Plague in India, 1896, 1897 - Volume 3
Year: 1896
Disease focus: Plague
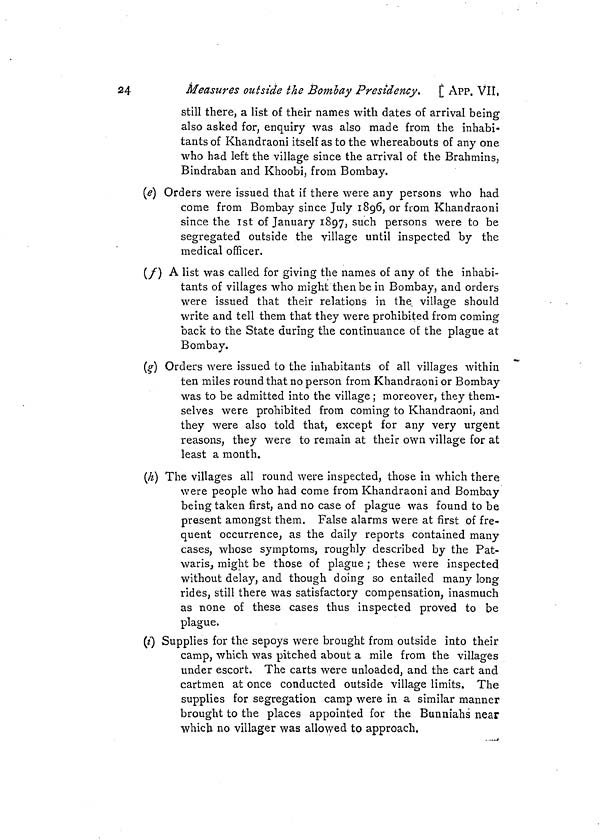
24
Measures outside the Bombay Presidency. [ APP. VII,
still there, a list of their names with dates of arrival being
also asked for, enquiry was also made from the inhabi-
tants of Khandraoni itself as to the whereabouts of any one
who had left the village since the arrival of the Brahmins,
Bindraban and Khoobi, from Bombay.
(e) Orders were issued that if there were any persons who had
come from Bombay since July 1896, or from Khandraoni
since the 1st of January 1897, such persons were to be
segregated outside the village until inspected by the
medical officer.
(f) A list was called for giving the names of any of the inhabi-
tants of villages who might then be in Bombay, and orders
were issued that their relations in the village should
write and tell them that they were prohibited from coming
back to the State during the continuance of the plague at
Bombay.
(g) Orders were issued to the inhabitants of all villages within
ten miles round that no person from Khandraoni or Bombay
was to be admitted into the village ; moreover, they them-
selves were prohibited from coming to Khandraoni, and
they were also told that, except for any very urgent
reasons, they were to remain at their own village for at
least a month.
(h) The villages all round were inspected, those in which there
were people who had come from Khandraoni and Bombay
being taken first, and no case of plague was found to be
present amongst them. False alarms were at first of fre-
quent occurrence, as the daily reports contained many
cases, whose symptoms, roughly described by the Pat-
waris might be those of plague ; these were inspected
without delay, and though doing so entailed many long
rides, still there was satisfactory compensation, inasmuch
as none of these cases thus inspected proved to be
plague.
(i) Supplies for the sepoys were brought from outside into their
camp, which was pitched about a mile from the villages
under escort. The carts were unloaded, and the cart and
cartmen at once conducted outside village limits. The
supplies for segregation camp were in a similar manner
brought to the places appointed for the Bunniahs near
which no villager was allowed to approach,